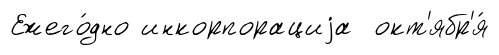
Ежего́дно инкорпорациjа окт'ябр'я́